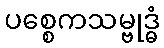
ပစ္စေကသမ္ဗုဒ္ဓံ